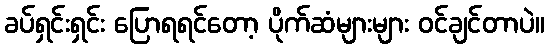
ခပ်ရှင်းရှင်း ပြောရရင်တော့ ပိုက်ဆံများများ ဝင်ချင်တာပဲ။